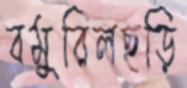
বমুবিলছড়ি